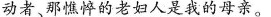
动者、那憔悴的老妇人是我的母亲。